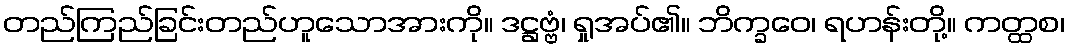
တည်ကြည်ခြင်းတည်ဟူသောအားကို။ ဒဋ္ဌဗ္ဗံ၊ ရှုအပ်၏။ ဘိက္ခဝေ၊ ရဟန်းတို့။ ကတ္ထစ၊